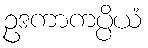
ဥဒကာကပ္ပိယံ